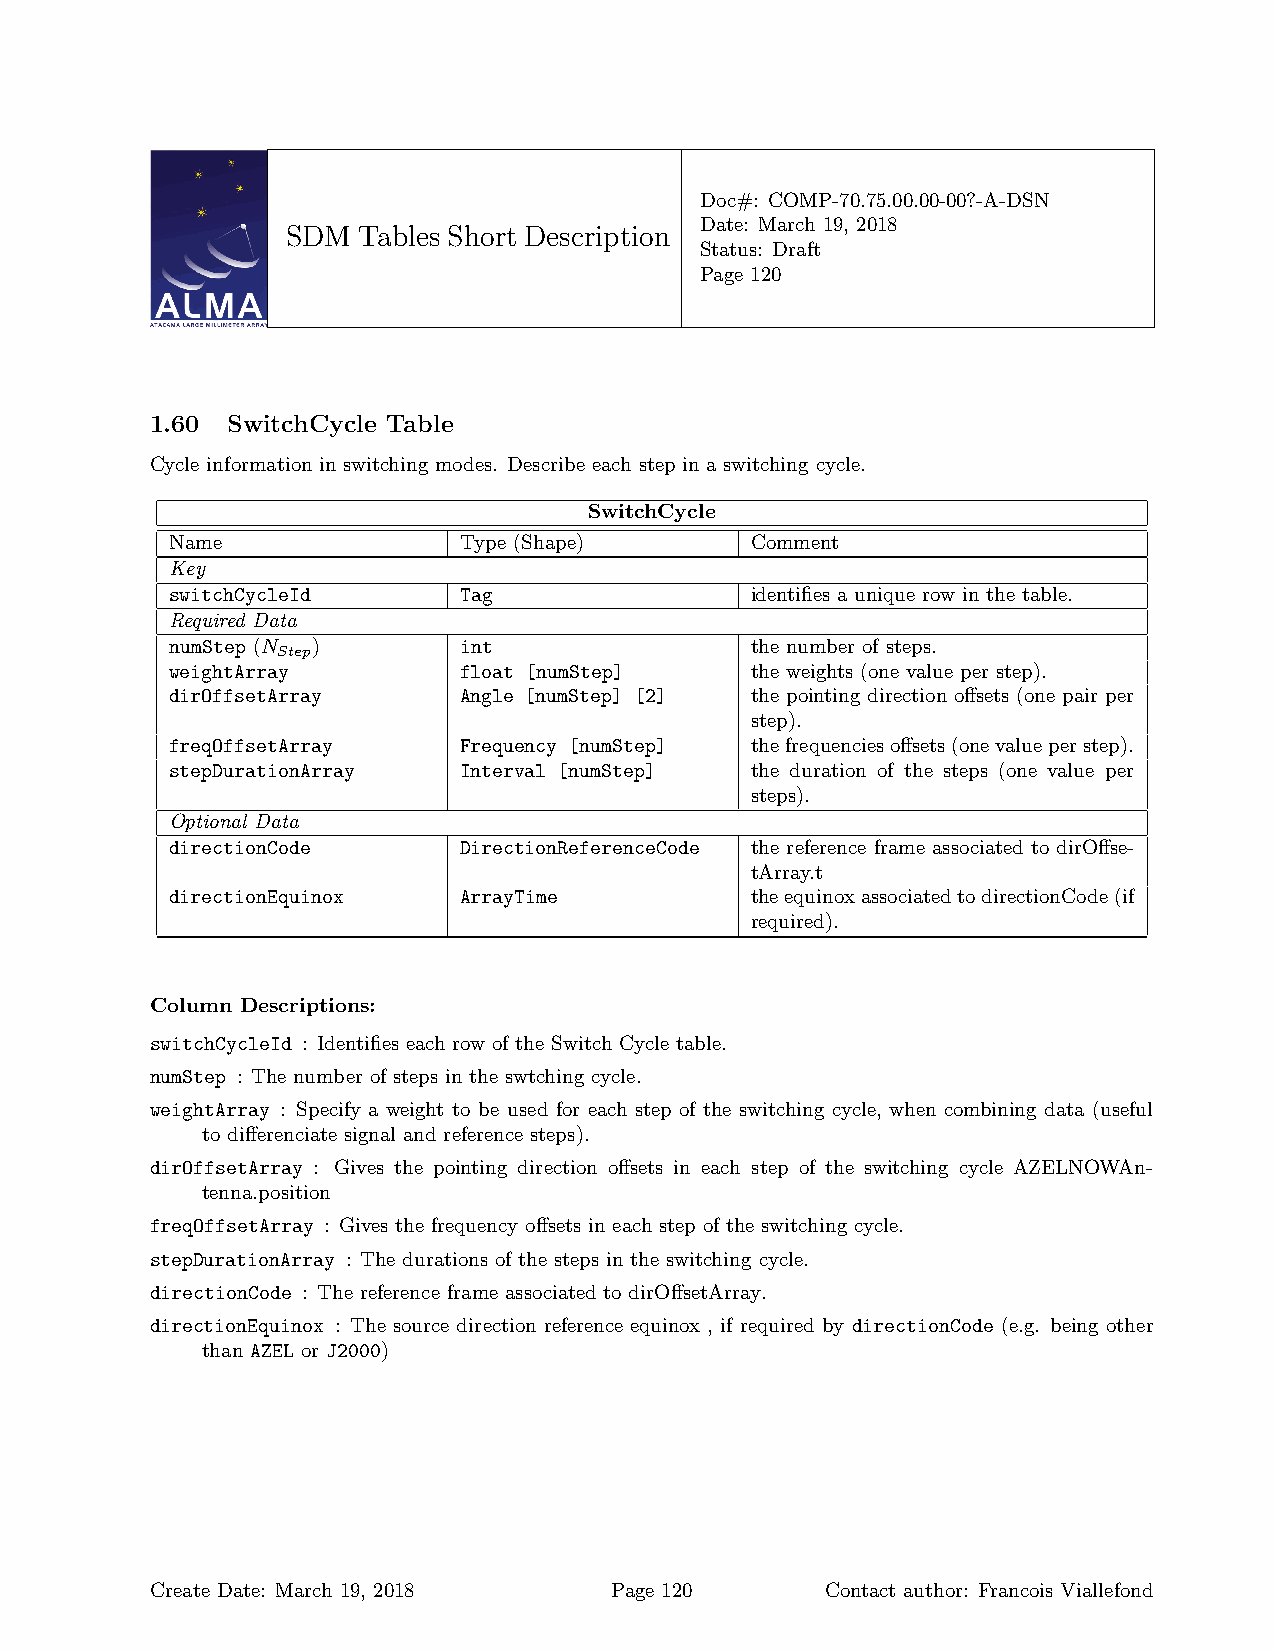
Doc#: COMP-70.75.00.00-00?-A-DSN
 Date: March 19, 2018
 SDM  Tables Short Description
 Status: Draft
 Page 120
 1.60 SwitchCycle Table
 Cycle information in switching modes. Describe each step in a switching cycle.
 SwitchCycle
 Name               Type (Shape)        Comment
 Key
 switchCycleId      Tag                 identifies a unique row in the table.
 Required Data
 numStep (N )       int                 the number of steps.
 Step
 weightArray        float [numStep]     the weights (one value per step).
 dirOffsetArray     Angle [numStep] [2] the pointing direction offsets (one pair per
 step).
 freqOffsetArray    Frequency [numStep] thefrequenciesoffsets(onevalueperstep).
 stepDurationArray  Interval [numStep]  the duration of the steps (one value per
 steps).
 Optional Data
 directionCode      DirectionReferenceCode the reference frame associated to dirOffse-
 tArray.t
 directionEquinox   ArrayTime           theequinoxassociatedtodirectionCode(if
 required).
 Column Descriptions:
 switchCycleId : Identifies each row of the Switch Cycle table.
 numStep : The number of steps in the swtching cycle.
 weightArray : Specify a weight to be used for each step of the switching cycle, when combining data (useful
 to differenciate signal and reference steps).
 dirOffsetArray : Gives the pointing direction offsets in each step of the switching cycle AZELNOWAn-
 tenna.position
 freqOffsetArray : Gives the frequency offsets in each step of the switching cycle.
 stepDurationArray : The durations of the steps in the switching cycle.
 directionCode : The reference frame associated to dirOffsetArray.
 directionEquinox : The source direction reference equinox , if required by directionCode (e.g. being other
 than AZEL or J2000)
 Create Date: March 19, 2018   Page 120       Contact author: Francois Viallefond